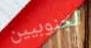
الجنوبيين